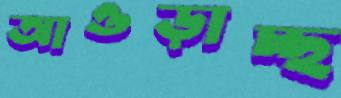
আওড়াচ্ছ